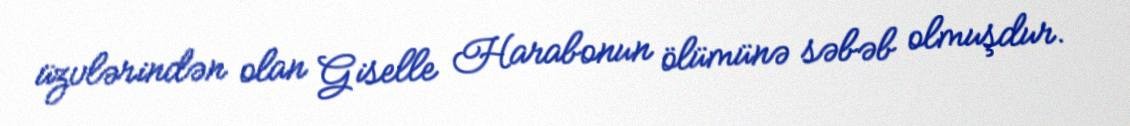
üzvlərindən olan Giselle Harabonun ölümünə səbəb olmuşdur.